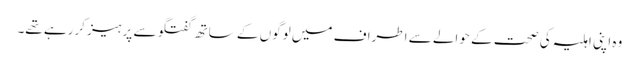
وہ اپنی اہلیہ کی صحت کے حوالے سے اطراف میں لوگوں کے ساتھ گفتگو سے پرہیز کررہے تھے۔